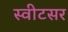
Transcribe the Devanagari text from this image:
स्वीटसर